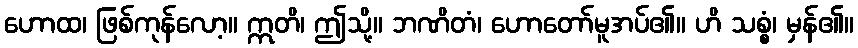
ဟောထ၊ ဖြစ်ကုန်လော့။ ဣတိ၊ ဤသို့။ ဘဏိတံ၊ ဟောတော်မူအပ်၏။ ဟိ သစ္စံ၊ မှန်၏။